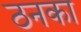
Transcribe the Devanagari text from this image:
ठनका